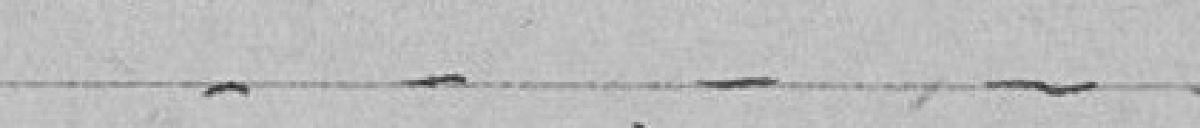
- - - -